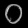
Digit: ၀